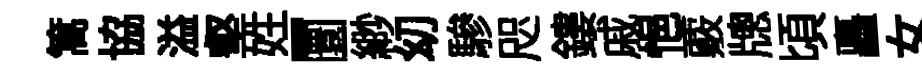
篙協溢壑姓-圜緲㓜驂咫鏤戚悒覈牕頃矗女